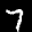
Label: 7